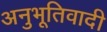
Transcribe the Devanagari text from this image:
अनुभूतिवादी